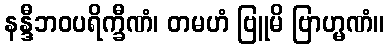
နန္ဒီဘဝပရိက္ခီဏံ၊ တမဟံ ဗြူမိ ဗြာဟ္မဏံ။